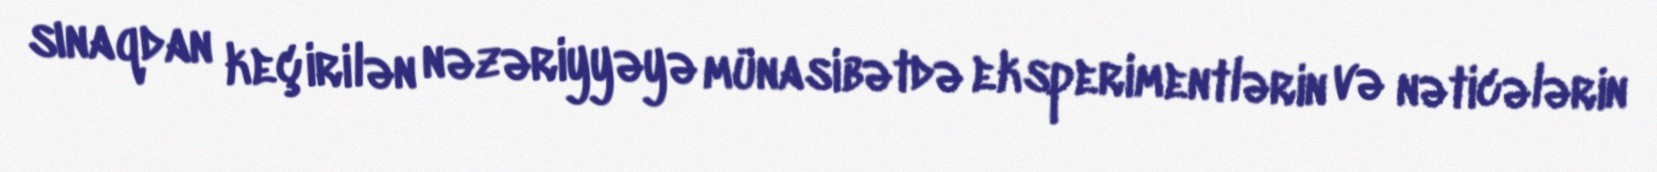
sınaqdan keçirilən nəzəriyyəyə münasibətdə eksperimentlərin və nəticələrin